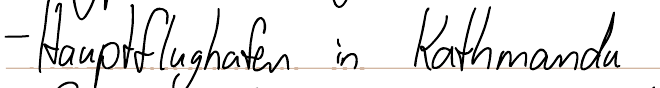
- Hauptflughafen in Kathmandu